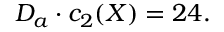
D _ { a } \cdot c _ { 2 } ( X ) = 2 4 .